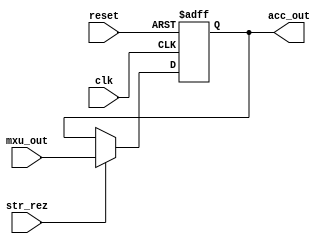
module tensor_accumulator (
    input [143:0] mxu_out,
    input str_rez, clk, reset,
    output reg [143:0] acc_out
);

    always @(posedge clk, posedge reset) begin 
        if(reset)           acc_out <= 144'b0;
        else if(str_rez)    acc_out <= mxu_out;
    end

endmodule